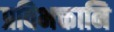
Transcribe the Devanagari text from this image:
प्रविभक्तानि